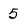
Character: 5